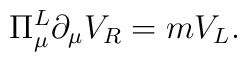
\Pi_{\mu}^{L} \partial_{\mu} V_{R} = m V_{L}.